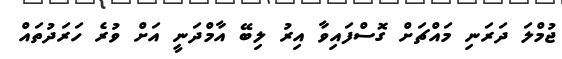
ޖުމްލަ ދަރަނި މައްޗަށް ގޮސްފައިވާ އިރު ލިބޭ އާމްދަނީ އަށް ވުރެ ހަރަދުތައް